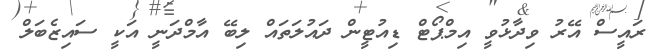
ރައީސް އޭރު ވިދާޅުވީ އިމްޕޯޓް ޑިއުޓީން ދައުލަތައް ލިބޭ އާމްދަނީ އަކީ ސައިޒެބަލް